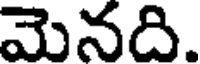
మెనది.